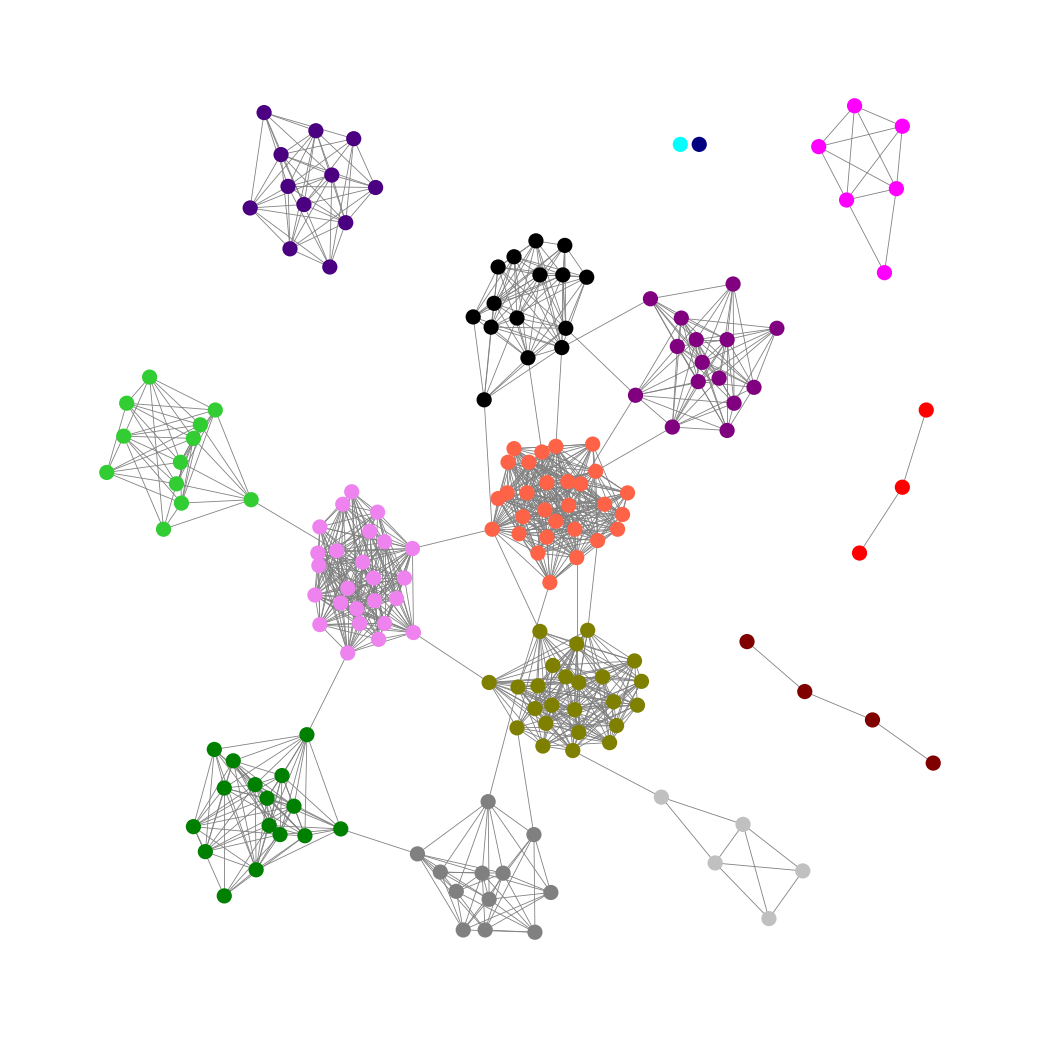
Graph connected: No
Number of connected components: 7
Number of singletons: 2
Total number of nodes: 180
Total number of edges: 1121
Number of communities: 15
Community sizes:
Aqua: 1
Black: 15
Fuchsia: 6
Gray: 12
Green: 16
Indigo: 12
Lime Green: 12
Maroon: 4
Navy: 1
Olive: 24
Purple: 15
Red: 3
Silver: 5
Tomato: 29
Violet: 25
Graph layout: tda
Graph generation method: erdos_renyi